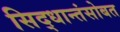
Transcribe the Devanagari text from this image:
सिद्धान्तंसोबत